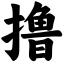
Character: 撸